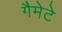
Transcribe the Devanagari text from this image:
गैमेटे